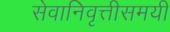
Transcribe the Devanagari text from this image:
सेवानिवृत्तीसमयी